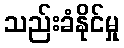
သည်းခံနိုင်မှု